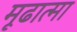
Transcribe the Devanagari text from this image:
मूढात्मा